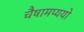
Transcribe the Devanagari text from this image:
चैषामप्ययो